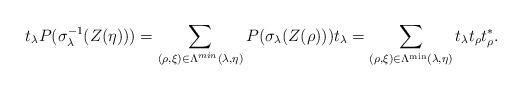
LaTeX: \begin{align*} t_\lambda P(\sigma_\lambda^{-1}(Z(\eta)) ) = \sum_{(\rho,\xi) \in \Lambda^{min}(\lambda, \eta)} P(\sigma_\lambda(Z(\rho))) t_\lambda = \sum_{(\rho, \xi)\in \Lambda^{\operatorname{min}}(\lambda, \eta)} t_\lambda t_\rho t_\rho^* . \end{align*}